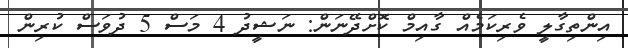
އިންތިގާލީ ވެރިކަމެއް ގާއިމް ކޮށްދޭނަން: ނަޝީދު 4 މަސް 5 ދުވަސް ކުރިން